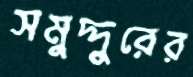
সমুদ্দুরের